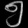
Digit: ၅